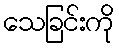
သေခြင်းကို